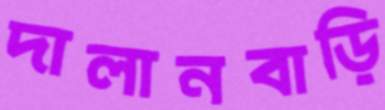
দালানবাড়ি